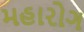
મહારોગ